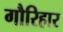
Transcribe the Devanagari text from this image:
गौरिहार